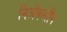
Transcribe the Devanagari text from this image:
निॲकसीन